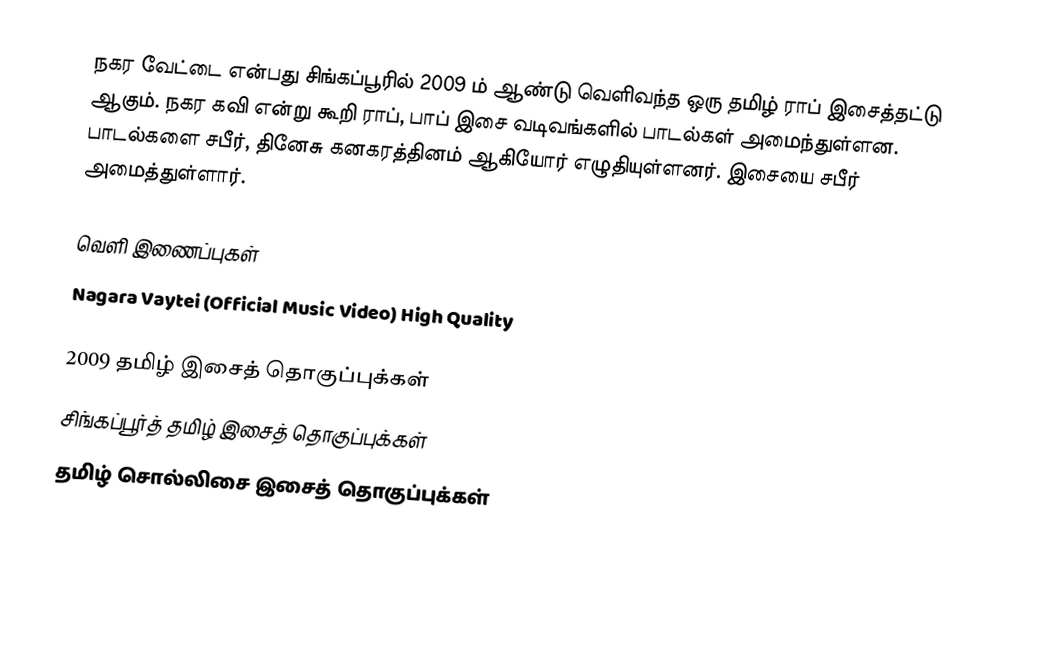
நகர வேட்டை என்பது சிங்கப்பூரில் 2009 ம் ஆண்டு வெளிவந்த ஒரு தமிழ் ராப் இசைத்தட்டு ஆகும்.  நகர கவி என்று கூறி ராப், பாப் இசை வடிவங்களில் பாடல்கள் அமைந்துள்ளன.   பாடல்களை சபீர், தினேசு கனகரத்தினம் ஆகியோர் எழுதியுள்ளனர்.  இசையை சபீர் அமைத்துள்ளார்.

வெளி இணைப்புகள்
 Nagara Vaytei (Official Music Video) High Quality

2009 தமிழ் இசைத் தொகுப்புக்கள்
சிங்கப்பூர்த் தமிழ் இசைத் தொகுப்புக்கள்
தமிழ் சொல்லிசை இசைத் தொகுப்புக்கள்